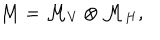
\mathcal { M } = \mathcal { M } _ { V } \otimes \mathcal { M } _ { H } ,